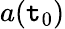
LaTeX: a(\mathtt{t}_{0})